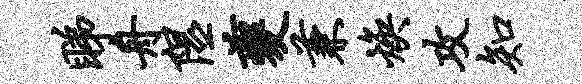
睇舟隰夔兼焕攻知